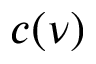
c ( \nu )